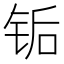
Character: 𬭅